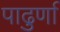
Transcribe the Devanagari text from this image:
पाढुर्णा